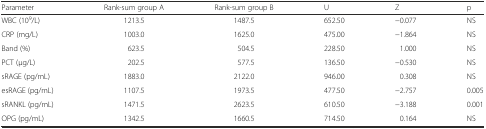
<table><thead><tr><td><b>Parameter</b></td><td><b>Rank-sum group A</b></td><td><b>Rank-sum group B</b></td><td><b>U</b></td><td><b>Z</b></td><td><b>p</b></td></tr></thead><tbody><tr><td>WBC (10<sup>9</sup>/L)</td><td>1213.5</td><td>1487.5</td><td>652.50</td><td>−0.077</td><td>NS</td></tr><tr><td>CRP (mg/L)</td><td>1003.0</td><td>1625.0</td><td>475.00</td><td>−1.864</td><td>NS</td></tr><tr><td>Band (%)</td><td>623.5</td><td>504.5</td><td>228.50</td><td>1.000</td><td>NS</td></tr><tr><td>PCT (μg/L)</td><td>202.5</td><td>577.5</td><td>136.50</td><td>−0.530</td><td>NS</td></tr><tr><td>sRAGE (pg/mL)</td><td>1883.0</td><td>2122.0</td><td>946.00</td><td>0.308</td><td>NS</td></tr><tr><td>esRAGE (pg/mL)</td><td>1107.5</td><td>1973.5</td><td>477.50</td><td>−2.757</td><td>0.005</td></tr><tr><td>sRANKL (pg/mL)</td><td>1471.5</td><td>2623.5</td><td>610.50</td><td>−3.188</td><td>0.001</td></tr><tr><td>OPG (pg/mL)</td><td>1342.5</td><td>1660.5</td><td>714.50</td><td>0.164</td><td>NS</td></tr></tbody></table>